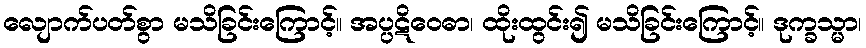
လျောက်ပတ်စွာ မသိခြင်းကြောင့်။ အပ္ပဋိဝေဓာ၊ ထိုးထွင်း၍ မသိခြင်းကြောင့်။ ဒုက္ခသ္မာ၊